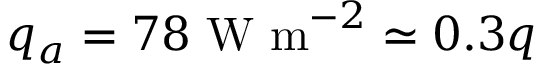
q _ { a } = 7 8 ~ \mathrm { W ~ m } ^ { - 2 } \simeq 0 . 3 q